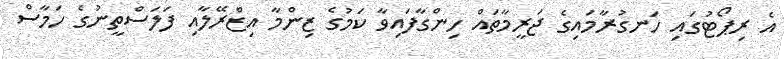
އެ ރިޕޯޓުގައި ހަނގުރާމައިގެ ޖަރީމާތައް ހިންގާފައިވާ ކަމުގެ ޒިންމާ އިޒްރޭލާއި ފަލަސްތީނުގެ ހަމާސް